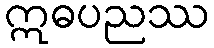
ဣဓပညဿ